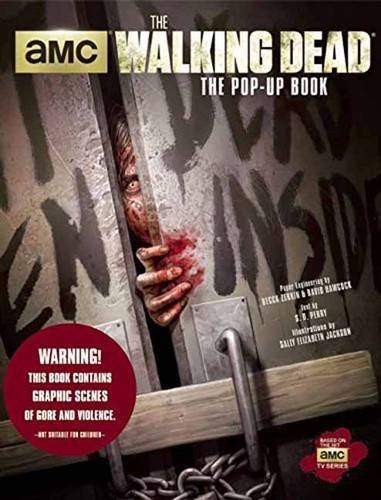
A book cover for The Walking Dead: The Pop-Up Book; Stephani Danelle Perry; Humor & Entertainment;